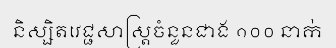
និស្សិតវេជ្ជសាស្ត្រចំនួនជាង ១០០ នាក់